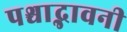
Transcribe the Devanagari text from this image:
पश्चाद्भावनी